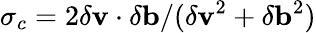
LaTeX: \sigma_{c}=2\delta\mathbf{v}\cdot\delta\mathbf{b}/(\delta\mathbf{v}^{2}+\delta\mathbf{b}^{2})